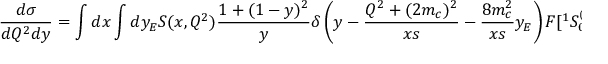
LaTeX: { \frac { d \sigma } { d Q ^ { 2 } d y } } = \int d x \int d y _ { E } S ( x , Q ^ { 2 } ) { \frac { 1 + ( 1 - y ) ^ { 2 } } { y } } \delta \left( y - { \frac { Q ^ { 2 } + ( 2 m _ { c } ) ^ { 2 } } { x s } } - { \frac { 8 m _ { c } ^ { 2 } } { x s } } y _ { E } \right) F [ ^ { 1 } S _ { 0 } ^ { ( 8 ) } ] ( y _ { E } ) ,